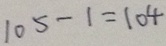
1 0 5 - 1 = 1 0 4